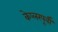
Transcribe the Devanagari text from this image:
केप्लरपूर्वी